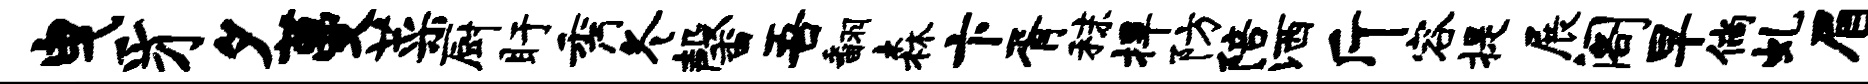
曳豸夕蔓菜厨盱秀冬馨吾翻森卞胥秣捍防陪洒斤容提展阁早倘虬眉